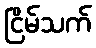
ငြိမ်သက်